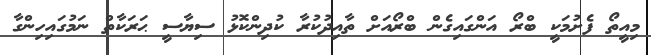
މިއީތޯ ފެށުމަކީ ބްރޯ އަންގައިގެން ބްރޯއަށް ތާއިދުކުރާ ކުދިންކޮޅު ސިޔާސީ ޙަރަކާތް ނަމުގައިހިންގާ